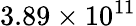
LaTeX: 3.89\times 10^{11}